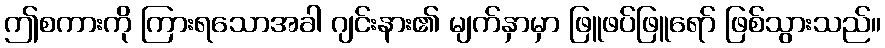
ဤစကားကို ကြားရသောအခါ ဂျင်းနား၏ မျက်နှာမှာ ဖြူဖပ်ဖြူရော် ဖြစ်သွားသည်။